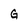
Character: G